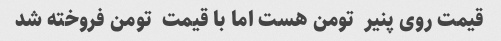
قیمت روی پنیر  تومن هست اما با قیمت  تومن فروخته شد